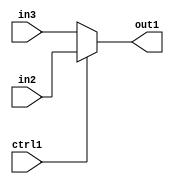
`timescale 1ps / 1ps
/*****************************************************************************
    Verilog RTL Description
    
    
    Created by: Stratus DpOpt 2019.1.01 
*******************************************************************************/

module SobelFilter_N_Muxb_1_2_3_1 (
	in3,
	in2,
	ctrl1,
	out1
	); /* architecture "behavioural" */ 
input  in3,
	in2,
	ctrl1;
output  out1;
wire  asc001;

reg [0:0] asc001_tmp_0;
assign asc001 = asc001_tmp_0;
always @ (ctrl1 or in2 or in3) begin
	case (ctrl1)
		1'B1 : asc001_tmp_0 = in2 ;
		default : asc001_tmp_0 = in3 ;
	endcase
end

assign out1 = asc001;
endmodule

/* CADENCE  uLPyTA0= : u9/ySgnWtBlWxVPRXgAZ4Og= ** DO NOT EDIT THIS LINE ******/